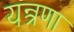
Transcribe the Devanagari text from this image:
यन्त्रणा